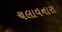
ચલાવનારા